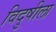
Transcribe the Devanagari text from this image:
विदुषीला